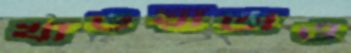
খাওয়াটাও